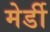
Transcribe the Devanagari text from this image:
मेर्डी